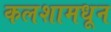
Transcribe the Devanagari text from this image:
कलशामधून